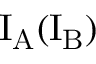
\mathrm { I _ { A } ( I _ { B } ) }